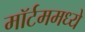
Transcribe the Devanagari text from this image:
मॉर्टममध्ये